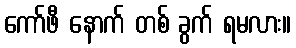
ကော်ဖီ နောက် တစ် ခွက် ရမလား။